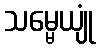
သမ္မေယျုံ